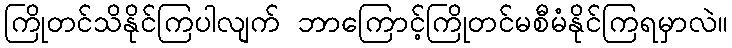
ကြိုတင်သိနိုင်ကြပါလျက် ဘာကြောင့်ကြိုတင်မစီမံနိုင်ကြရမှာလဲ။